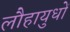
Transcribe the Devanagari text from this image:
लौहायुधों